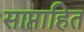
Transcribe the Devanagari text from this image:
साप्ताहित